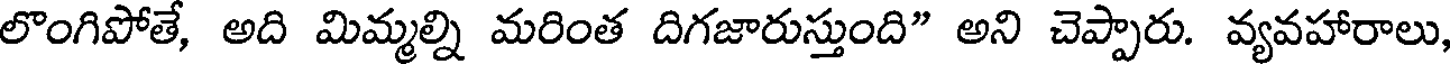
లొంగిపోతే, అది మిమ్మల్ని మరింత దిగజారుస్తుంది" అని చెప్పారు. వ్యవహారాలు,